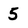
Character: 5